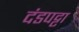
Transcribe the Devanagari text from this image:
दंडपट्टा